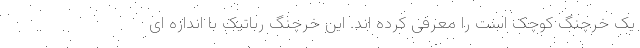
یک خرچنگ کوچک است را معرفی کرده اند. این خرچنگ رباتیک با اندازه ای